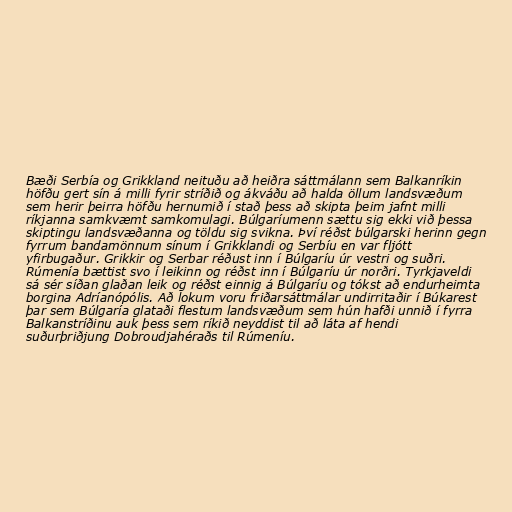
Bæði Serbía og Grikkland neituðu að heiðra sáttmálann sem Balkanríkin
höfðu gert sín á milli fyrir stríðið og ákváðu að halda öllum landsvæðum
sem herir þeirra höfðu hernumið í stað þess að skipta þeim jafnt milli
ríkjanna samkvæmt samkomulagi. Búlgaríumenn sættu sig ekki við þessa
skiptingu landsvæðanna og töldu sig svikna. Því réðst búlgarski herinn gegn
fyrrum bandamönnum sínum í Grikklandi og Serbíu en var fljótt
yfirbugaður. Grikkir og Serbar réðust inn í Búlgaríu úr vestri og suðri.
Rúmenía bættist svo í leikinn og réðst inn í Búlgaríu úr norðri. Tyrkjaveldi
sá sér síðan glaðan leik og réðst einnig á Búlgaríu og tókst að endurheimta
borgina Adríanópólis. Að lokum voru friðarsáttmálar undirritaðir í Búkarest
þar sem Búlgaría glataði flestum landsvæðum sem hún hafði unnið í fyrra
Balkanstríðinu auk þess sem ríkið neyddist til að láta af hendi
suðurþriðjung Dobroudjahéraðs til Rúmeníu.